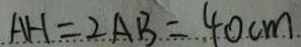
A H = 2 A B = 4 0 c m